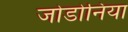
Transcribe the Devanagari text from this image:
जोडोनिया